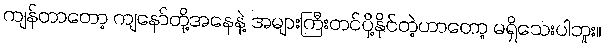
ကျန်တာတော့ ကျနော်တို့အနေနဲ့ အများကြီးတင်ပို့နိုင်တဲ့ဟာတော့ မရှိသေးပါဘူး။